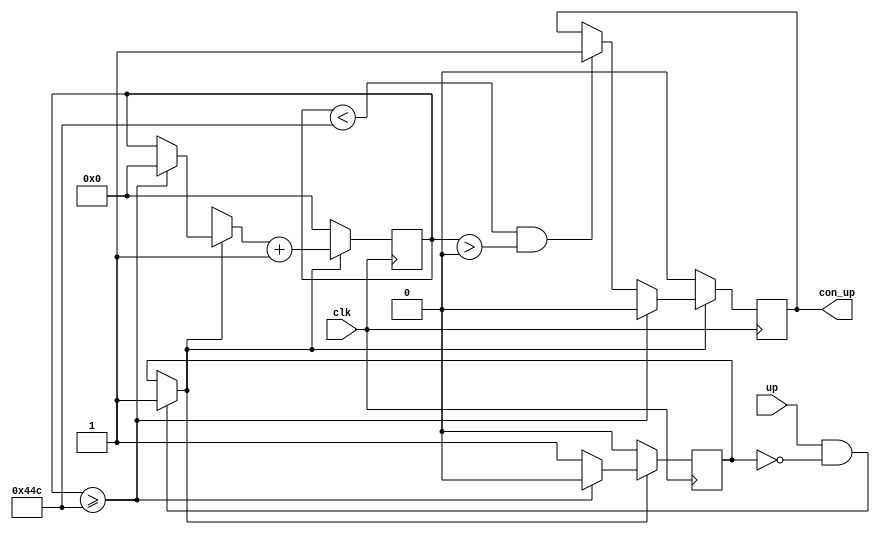
module controll(up,clk,con_up);
input up,clk;
output reg con_up=1'b0;
reg up_b=1'b0;
reg[15:0]up_counter;//count for divider
//divider
always@(posedge clk)begin
	if(up&&!up_b)begin up_b=1'b1;end
	if(up_b) begin
		if(up_counter>=16'd1100)begin
			up_counter=1'b0;
			up_b=1'b0;
			con_up=1'b0;
		end
		else if(up_counter<16'd1100&&up_counter>15'b0)begin 
			con_up=1'b1;
		end 
		up_counter=up_counter+1'b1;
	
	end
	else begin
		up_counter=1'b0;
		up_b=1'b0;
		con_up=1'b0;
	end
end
endmodule